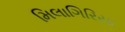
મિલાગિરિયા